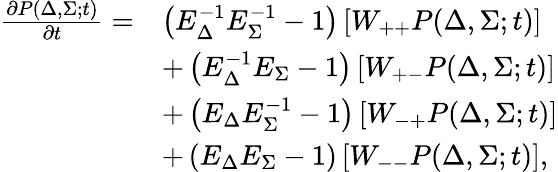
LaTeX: \begin{array}{rl}{\frac{\partial P(\Delta,\Sigma;t)}{\partial t}=}&{\left(E_{\Delta}^{-1}E_{\Sigma}^{-1}-1\right)\left[W_{++}P(\Delta,\Sigma;t)\right]}\\ &{+\left(E_{\Delta}^{-1}E_{\Sigma}-1\right)\left[W_{+-}P(\Delta,\Sigma;t)\right]}\\ &{+\left(E_{\Delta}E_{\Sigma}^{-1}-1\right)\left[W_{-+}P(\Delta,\Sigma;t)\right]}\\ &{+\left(E_{\Delta}E_{\Sigma}-1\right)\left[W_{--}P(\Delta,\Sigma;t)\right],}\end{array}